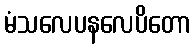
မံသလေပနလေပိတော